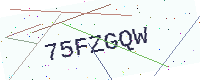
Text: 75FZGQW